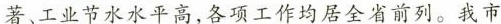
著、工业节水水平高，各项工作均居全省前列。我市